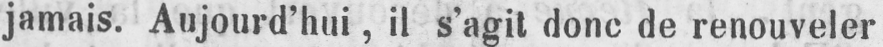
jamais. Aujourd’hui, il s’agit donc de renouveler